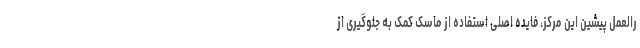
رالعمل پیشین این مرکز، فایده اصلی استفاده از ماسک کمک به جلوگیری از